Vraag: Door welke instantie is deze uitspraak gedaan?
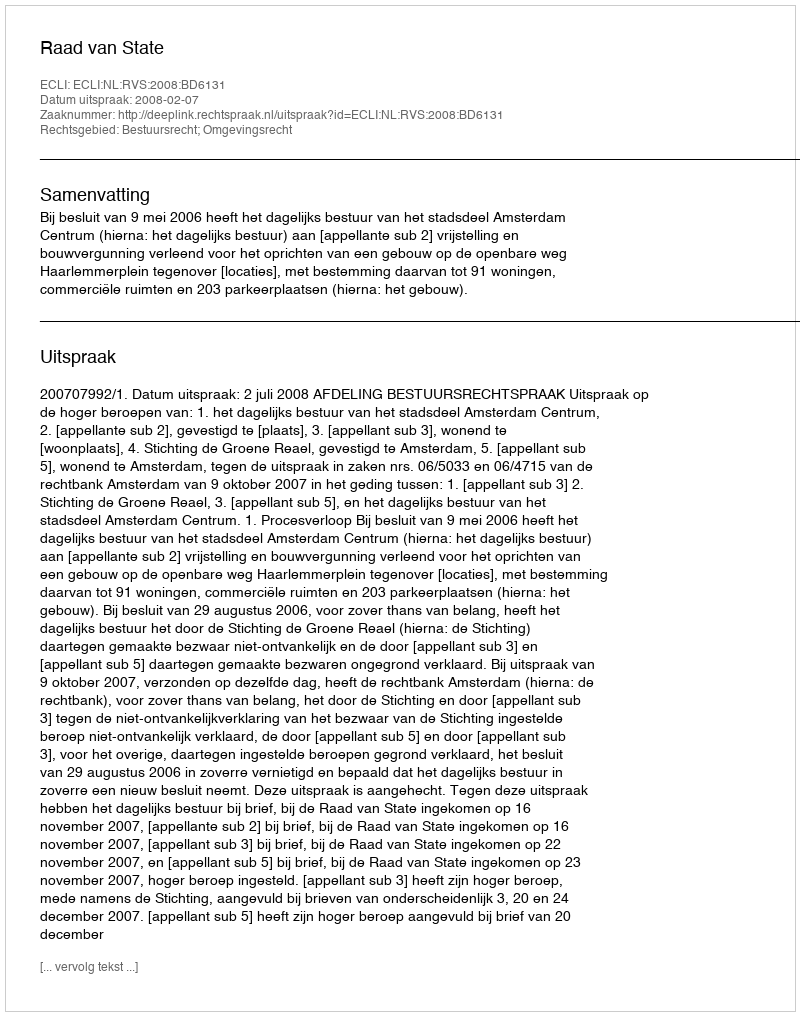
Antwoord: Raad van State